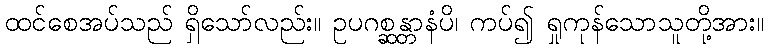
ထင်စေအပ်သည် ရှိသော်လည်း။ ဥပဂစ္ဆန္တာနံပိ၊ ကပ်၍ ရှုကုန်သောသူတို့အား။